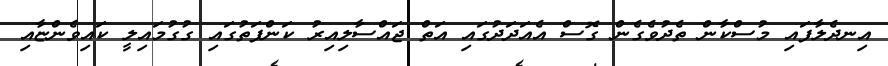
އިނދެލާފައި މުސްކާން ތެދުވެގެން ގޮސް އެއަދަދުގައި އަތް ޖައްސާލިއިރު ކަންފަތުގައި ގުގުމައިލީ ކައިވެންޏާއި